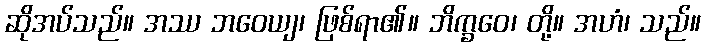
ဆိုအပ်သည်။ အဿ ဘဝေယျ၊ ဖြစ်ရာ၏။ ဘိက္ခဝေ၊ တို့။ အဟံ၊ သည်။